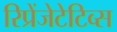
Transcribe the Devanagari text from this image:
रिप्रेंजेटेटिव्स